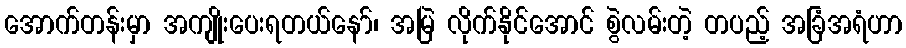
အောက်တန်းမှာ အကျိုးပေးရတယ်နော်၊ အမြဲ လိုက်နိုင်အောင် စွဲလမ်းတဲ့ တပည့် အခြံအရံဟာ